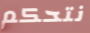
نتحكم